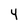
Character: Y